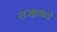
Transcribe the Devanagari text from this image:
राजा॒कडे